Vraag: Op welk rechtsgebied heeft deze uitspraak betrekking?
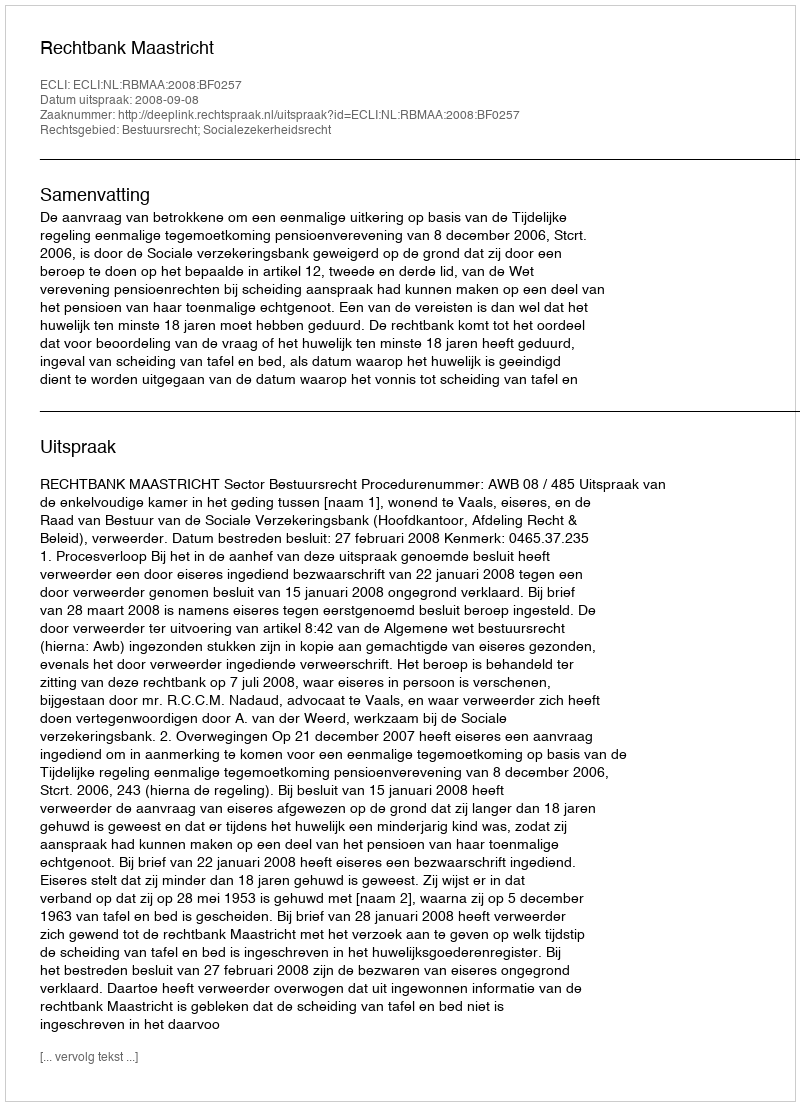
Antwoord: Bestuursrecht; Socialezekerheidsrecht